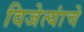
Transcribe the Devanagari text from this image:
विजेत्यांचे